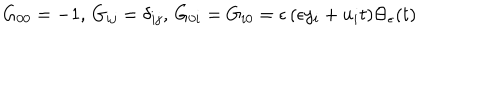
G _ { 0 0 } = - 1 , \, G _ { i j } = \delta _ { i j } , \, G _ { 0 i } = G _ { i 0 } = \epsilon \, ( \epsilon y _ { i } + u _ { i } t ) \Theta _ { \epsilon } ( t )